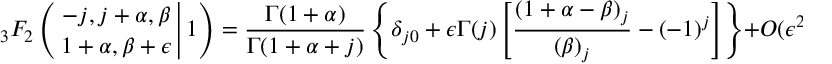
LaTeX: { _ 3 F _ { 2 } } \left( \left. { - j , j + \alpha , \beta \atop 1 + \alpha , \beta + \epsilon } \right| 1 \right) = \frac { \Gamma ( 1 + \alpha ) } { \Gamma ( 1 + \alpha + j ) } \left\{ \delta _ { j 0 } + \epsilon \Gamma ( j ) \left[ \frac { ( 1 + \alpha - \beta ) _ { j } } { ( \beta ) _ { j } } - ( - 1 ) ^ { j } \right] \right\} + { \cal O } ( \epsilon ^ { 2 } ) ,